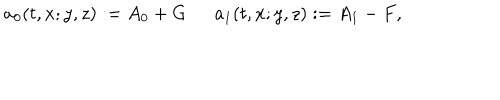
a _ { 0 } ( t , x ; y , z ) : = A _ { 0 } + G \ \ a _ { 1 } ( t , x ; y , z ) : = A _ { 1 } - F ,